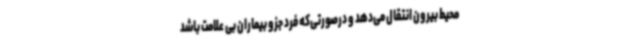
محیط بیرون انتقال می‌دهد و درصورتی‌که فرد جزو بیماران بی علامت باشد